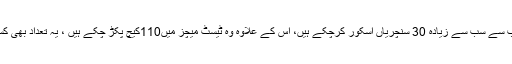
یونس خان پاکستان کی جانب سے سب سے زیادہ 30 سنچریاں اسکور کرچکے ہیں، اس کے علاوہ وہ ٹیسٹ میچز میں110کیچ پکڑ چکے ہیں ، یہ تعداد بھی کسی پاکستانی کا ریکارڈ ہے۔